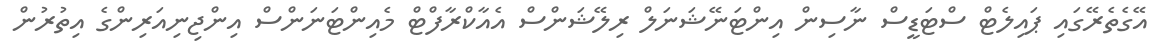
އޭގެތެރޭގައި ޕައިލެޓް ސްޓަޑީސް ނާސިން އިންޓަނޭޝަަނަލް ރިލޭޝަންސް އެއާކްރާފްޓް މެއިންޓަނަންސް އިންޖިނިއަރިންގެ އިތުރުން